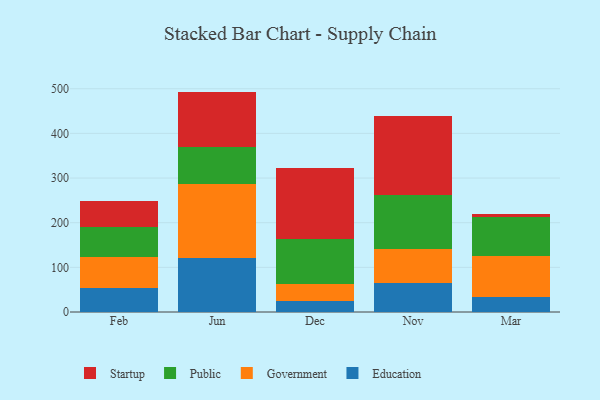
{"axis": {"x": "Month", "y": "Churn Rate (%)"}, "legend": ["Education", "Government", "Public", "Startup"], "data": [{"x": "Feb", "y": 53.9, "type": "Education"}, {"x": "Feb", "y": 69.1, "type": "Government"}, {"x": "Feb", "y": 68.1, "type": "Public"}, {"x": "Feb", "y": 57.3, "type": "Startup"}, {"x": "Jun", "y": 121.3, "type": "Education"}, {"x": "Jun", "y": 164.7, "type": "Government"}, {"x": "Jun", "y": 84.2, "type": "Public"}, {"x": "Jun", "y": 123.4, "type": "Startup"}, {"x": "Dec", "y": 24.1, "type": "Education"}, {"x": "Dec", "y": 39.6, "type": "Government"}, {"x": "Dec", "y": 99.9, "type": "Public"}, {"x": "Dec", "y": 159.3, "type": "Startup"}, {"x": "Nov", "y": 65.9, "type": "Education"}, {"x": "Nov", "y": 74.6, "type": "Government"}, {"x": "Nov", "y": 120.8, "type": "Public"}, {"x": "Nov", "y": 178.5, "type": "Startup"}, {"x": "Mar", "y": 33.3, "type": "Education"}, {"x": "Mar", "y": 93.0, "type": "Government"}, {"x": "Mar", "y": 86.7, "type": "Public"}, {"x": "Mar", "y": 7.6, "type": "Startup"}]}